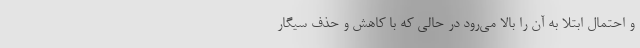
و احتمال ابتلا به آن را بالا می‌رود در حالی که با کاهش و حذف سیگار